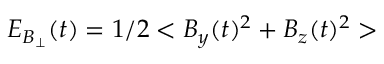
E _ { B _ { \bot } } ( t ) = 1 / 2 < B _ { y } ( t ) ^ { 2 } + B _ { z } ( t ) ^ { 2 } >